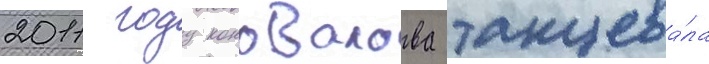
2011 году коновалова танцева́ла